Leaving Certificate Examination (including Day School Certificate (Higher) General paper), 1938
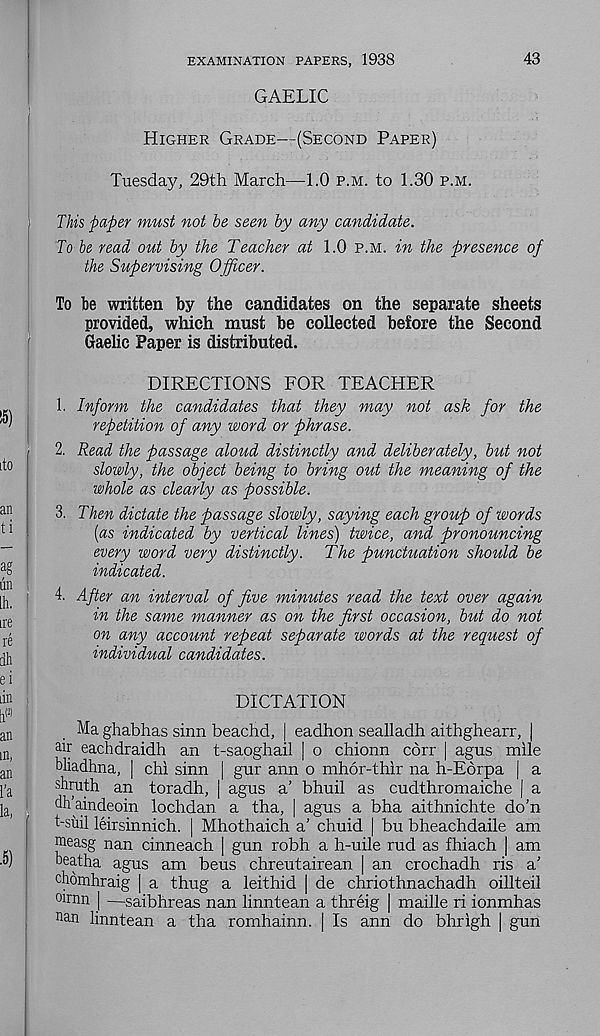
EXAMINATION PAPERS, 1938
GAELIC
43
Higher Grade—(Second Paper)
Tuesday, 29th March—1.0 p.m. to 1.30 p.m.
This paper must not be seen by any candidate.
To be read out by the Teacher at 1.0 p.m. in the presence of
the Supervising Officer.
To be written by the candidates on the separate sheets
provided, which must be collected before the Second
Gaelic Paper is distributed.
DIRECTIONS FOR TEACHER
1. Inform the candidates that they may not ask for the
repetition of any word or phrase.
2. Read the passage aloud distinctly and deliberately, but not
slowly, the object being to bring out the meaning of the
whole as clearly as possible.
3. Then dictate the passage slowly, saying each group of words
[as indicated by vertical lines) twice, and pronouncing
every word very distinctly. The punctuation should be
indicated.
4. After an interval of five minutes read the text over again
in the same manner as on the first occasion, but do not
on any account repeat separate words at the request of
individual candidates.
DICTATION
Ma ghabhas sinn beachd, | eadhon sealladh aithghearr, |
air eachdraidh an t-sapghail | o chionn corr | agus mile
bliadhna, | chi sinn | gur aim o mhor-thir na h-E6rpa | a
shruth an toradh, | agus a’ bhuil as cudthromaiche | a
dh’aindeoin lochdan a tha, | agus a bha aithnichte do’n
t-suil leirsinnich. | Mhothaich a’ chuid | bu bheachdaile am
naeasg nan cinneach | gun robh a h-uile rud as fhiach | am
beatha agus am beus chreutairean | an crochadh ris a’
chomhraig | a thug a leithid | de chriothnachadh oillteil
oirnn | —saibhreas nan linntean a threig | maille ri ionmhas
n an linntean a tha romhainn. | Is ann do bhrigh | gun